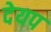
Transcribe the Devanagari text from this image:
देयप